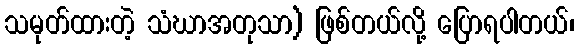
သမုတ်ထားတဲ့ သံဃာအတုသာ) ဖြစ်တယ်လို့ ပြောရပါတယ်၊